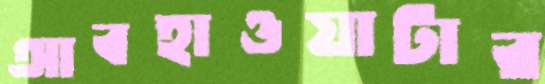
আবহাওয়াটার